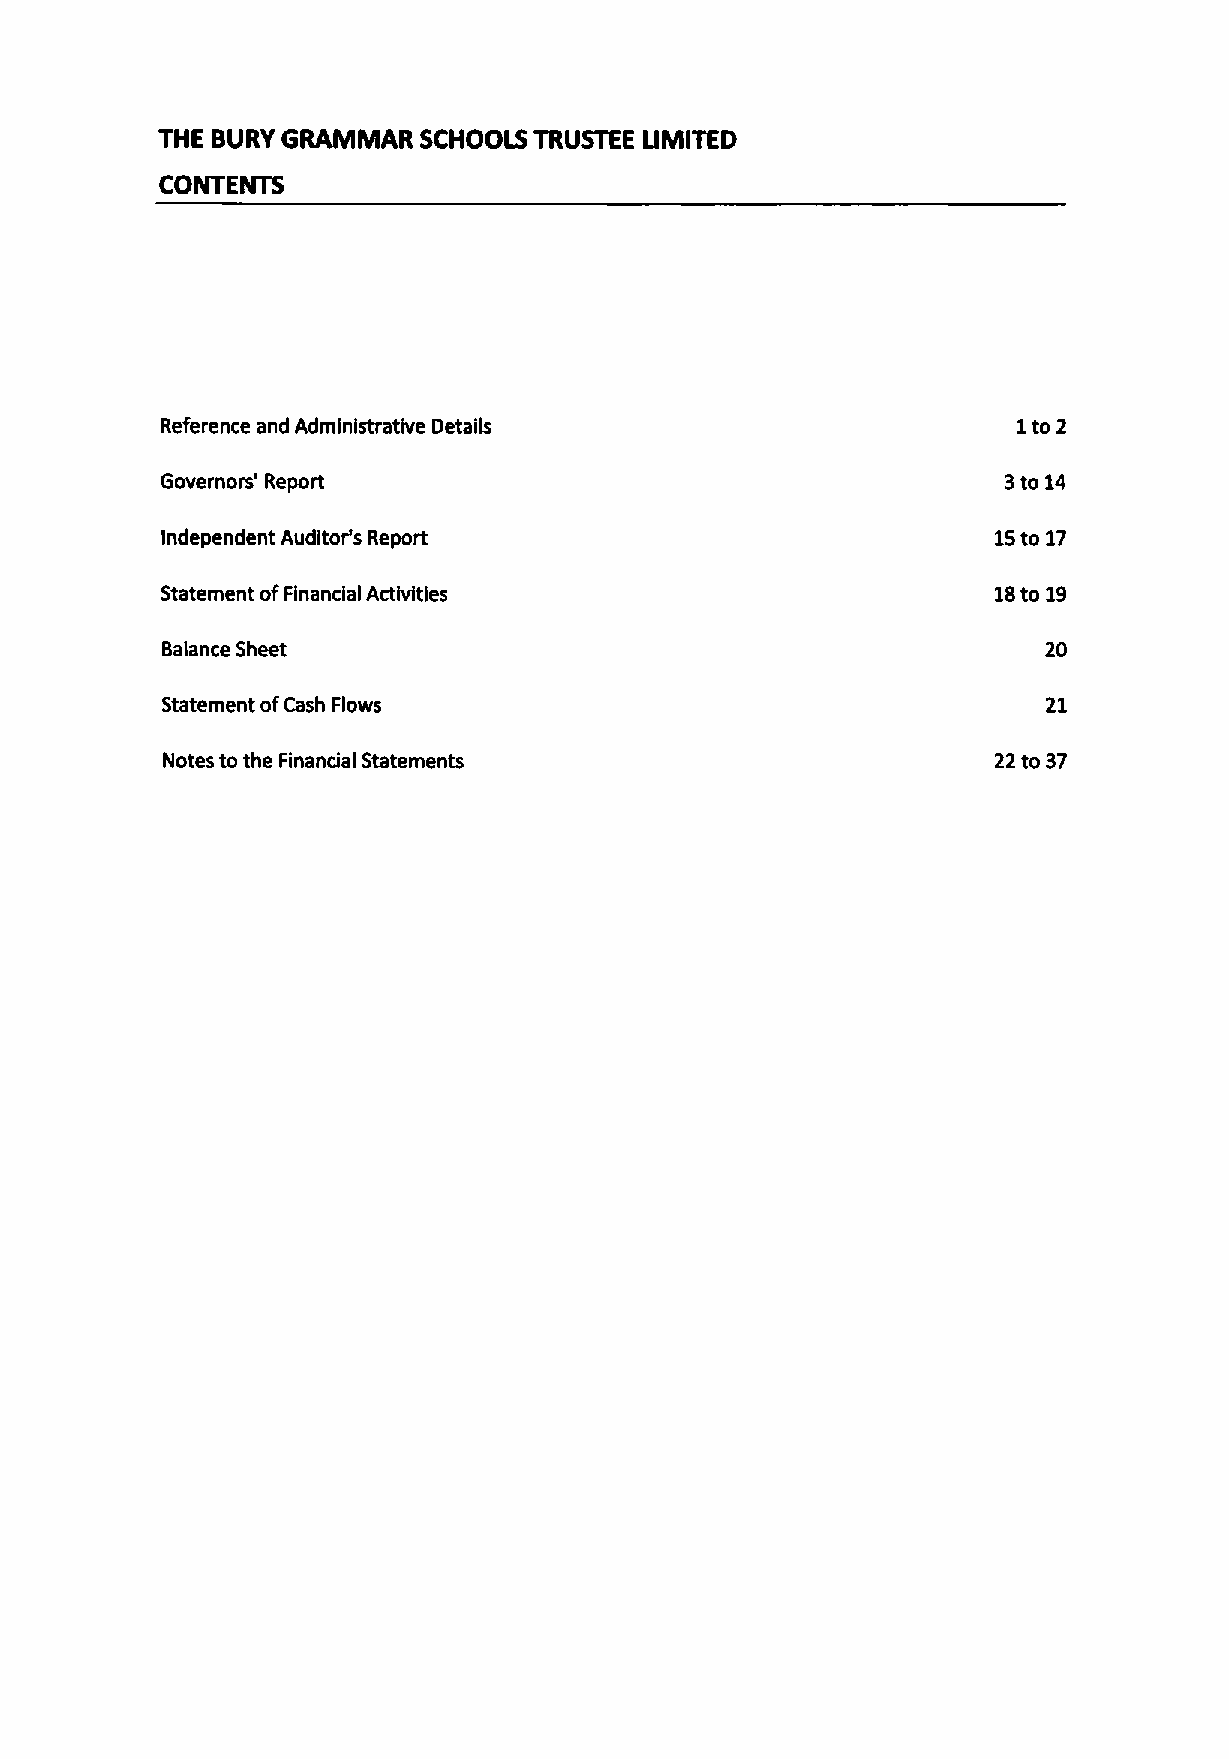
THE BURY GRAMMAR  SCHOOLS TRUSTEE UMITED
 CONTENTS
 ito2
 Reference and Administrative Details
 Governors' Report                                      3to 14
 Independent Auditor's Report                           15to 17
 Statement ofFinancial Activities                       18to 19
 Balance Sheet                                             20
 Statement ofCash Flows                                    21
 Notes to the Financial Statements                      22to37